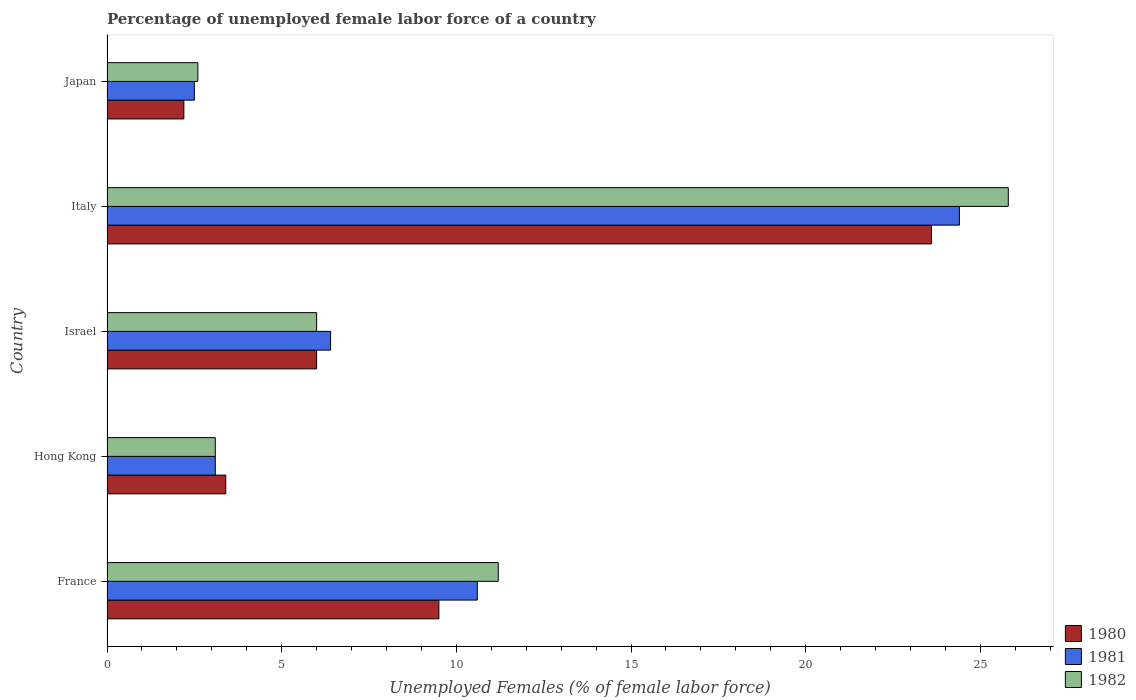
| Country | 1980 | 1981 | 1982 |
 | --- | --- | --- | --- |
 | France | 9.5 | 10.6 | 11.2 |
 | Hong Kong | 3.4 | 3.1 | 3.1 |
 | Israel | 6 | 6.4 | 6 |
 | Italy | 23.6 | 24.4 | 25.8 |
 | Japan | 2.2 | 2.5 | 2.6 |